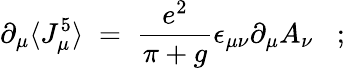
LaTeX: \partial_{\mu}\langle J_{\mu}^{5}\rangle\; =\; \frac{e^{2}}{\pi+g}\epsilon_{\mu\nu}\partial_{\mu}A_{\nu}\; \; \; ;